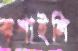
কশাইলি